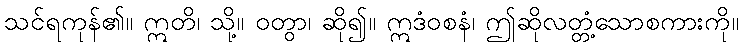
သင်ရကုန်၏။ ဣတိ၊ သို့။ ဝတွာ၊ ဆို၍။ ဣဒံဝစနံ၊ ဤဆိုလတ္တံ့သောစကားကို။